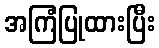
အကြံပြုထားပြီး